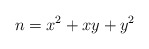
\begin{align*}n=x^2+xy+y^2\end{align*}